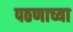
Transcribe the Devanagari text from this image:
पठणाच्या